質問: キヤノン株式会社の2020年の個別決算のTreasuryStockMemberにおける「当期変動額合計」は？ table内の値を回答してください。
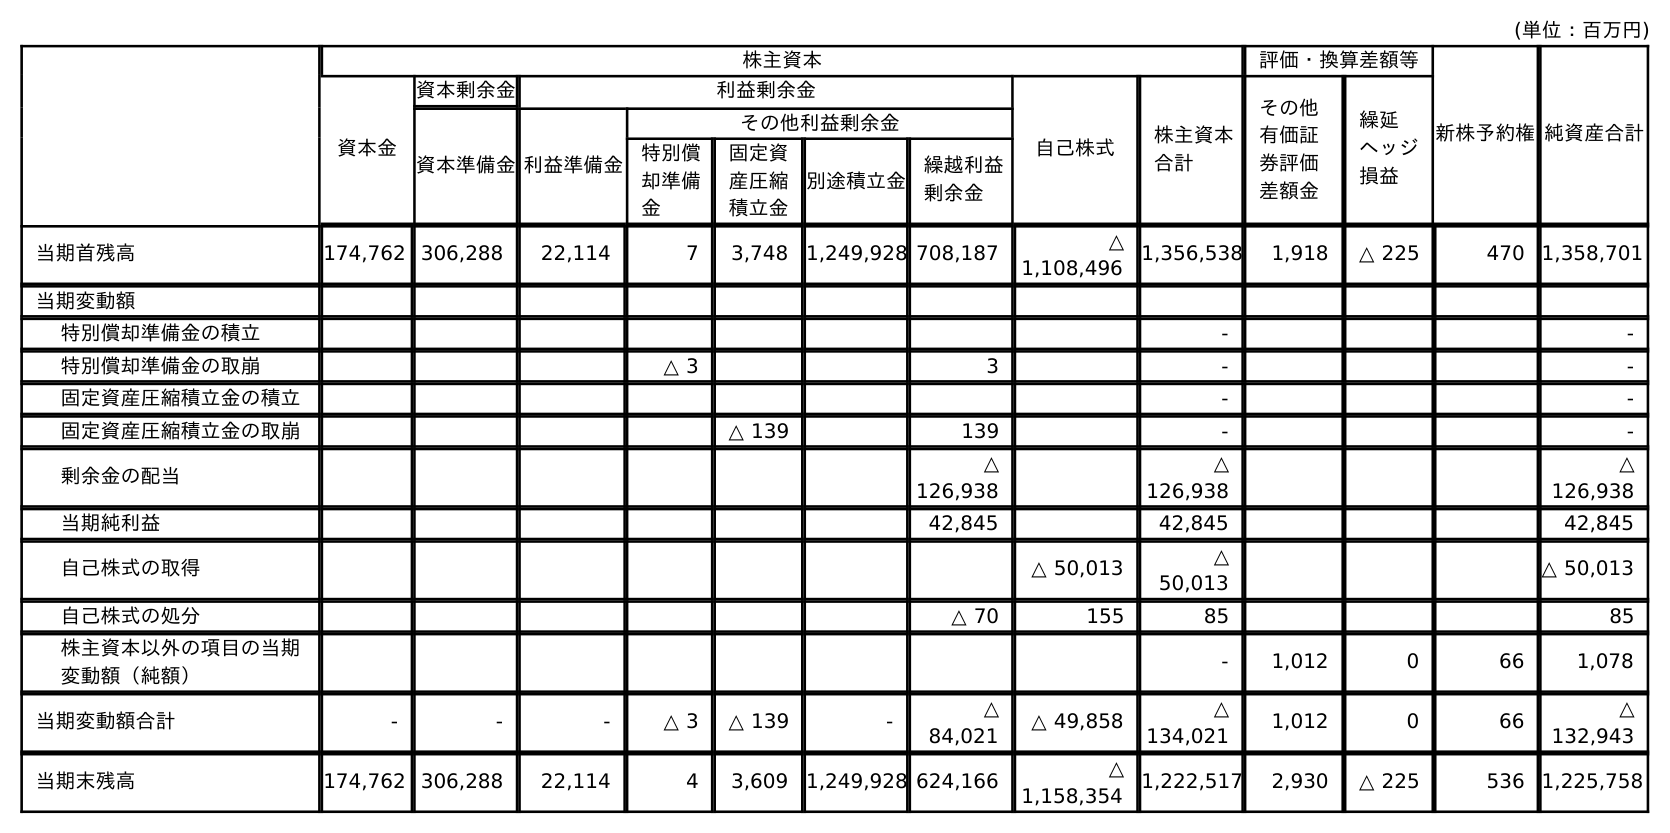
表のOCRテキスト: (単位：百万円) 株主資本 評価・換算差額等 新株予約権純資産合計 資本金 資本剰余金 利益剰余金 自己株式 株主資本 合計 その他 有価証 券評価 差額金 繰延 ヘッジ 損益 資本準備金利益準備金 その他利益剰余金 特別償 却準備 金 固定資 産圧縮 積立金 別途積立金 繰越利益 剰余金 当期首残高 174,762 306,288 22,114 7 3,748 1,249,928 708,187 △ 1,108,496 1,356,538 1,918 △ 225 470 1,358,701 当期変動額 特別償却準備金の積立 - - 特別償却準備金の取崩 △ 3 3 - - 固定資産圧縮積立金の積立 - - 固定資産圧縮積立金の取崩 △ 139 139 - - 剰余金の配当 △ 126,938 △ 126,938 △ 126,938 当期純利益 42,845 42,845 42,845 自己株式の取得 △ 50,013 △ 50,013 △ 50,013 自己株式の処分 △ 70 155 85 85 株主資本以外の項目の当期 変動額（純額） - 1,012 0 66 1,078 当期変動額合計 - - - △ 3 △ 139 - △ 84,021 △ 49,858 △ 134,021 1,012 0 66 △ 132,943 当期末残高 174,762 306,288 22,114 4 3,609 1,249,928 624,166 △ 1,158,354 1,222,517 2,930 △ 225 536 1,225,758
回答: △49,858